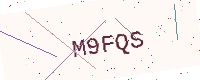
Text: M9FQS